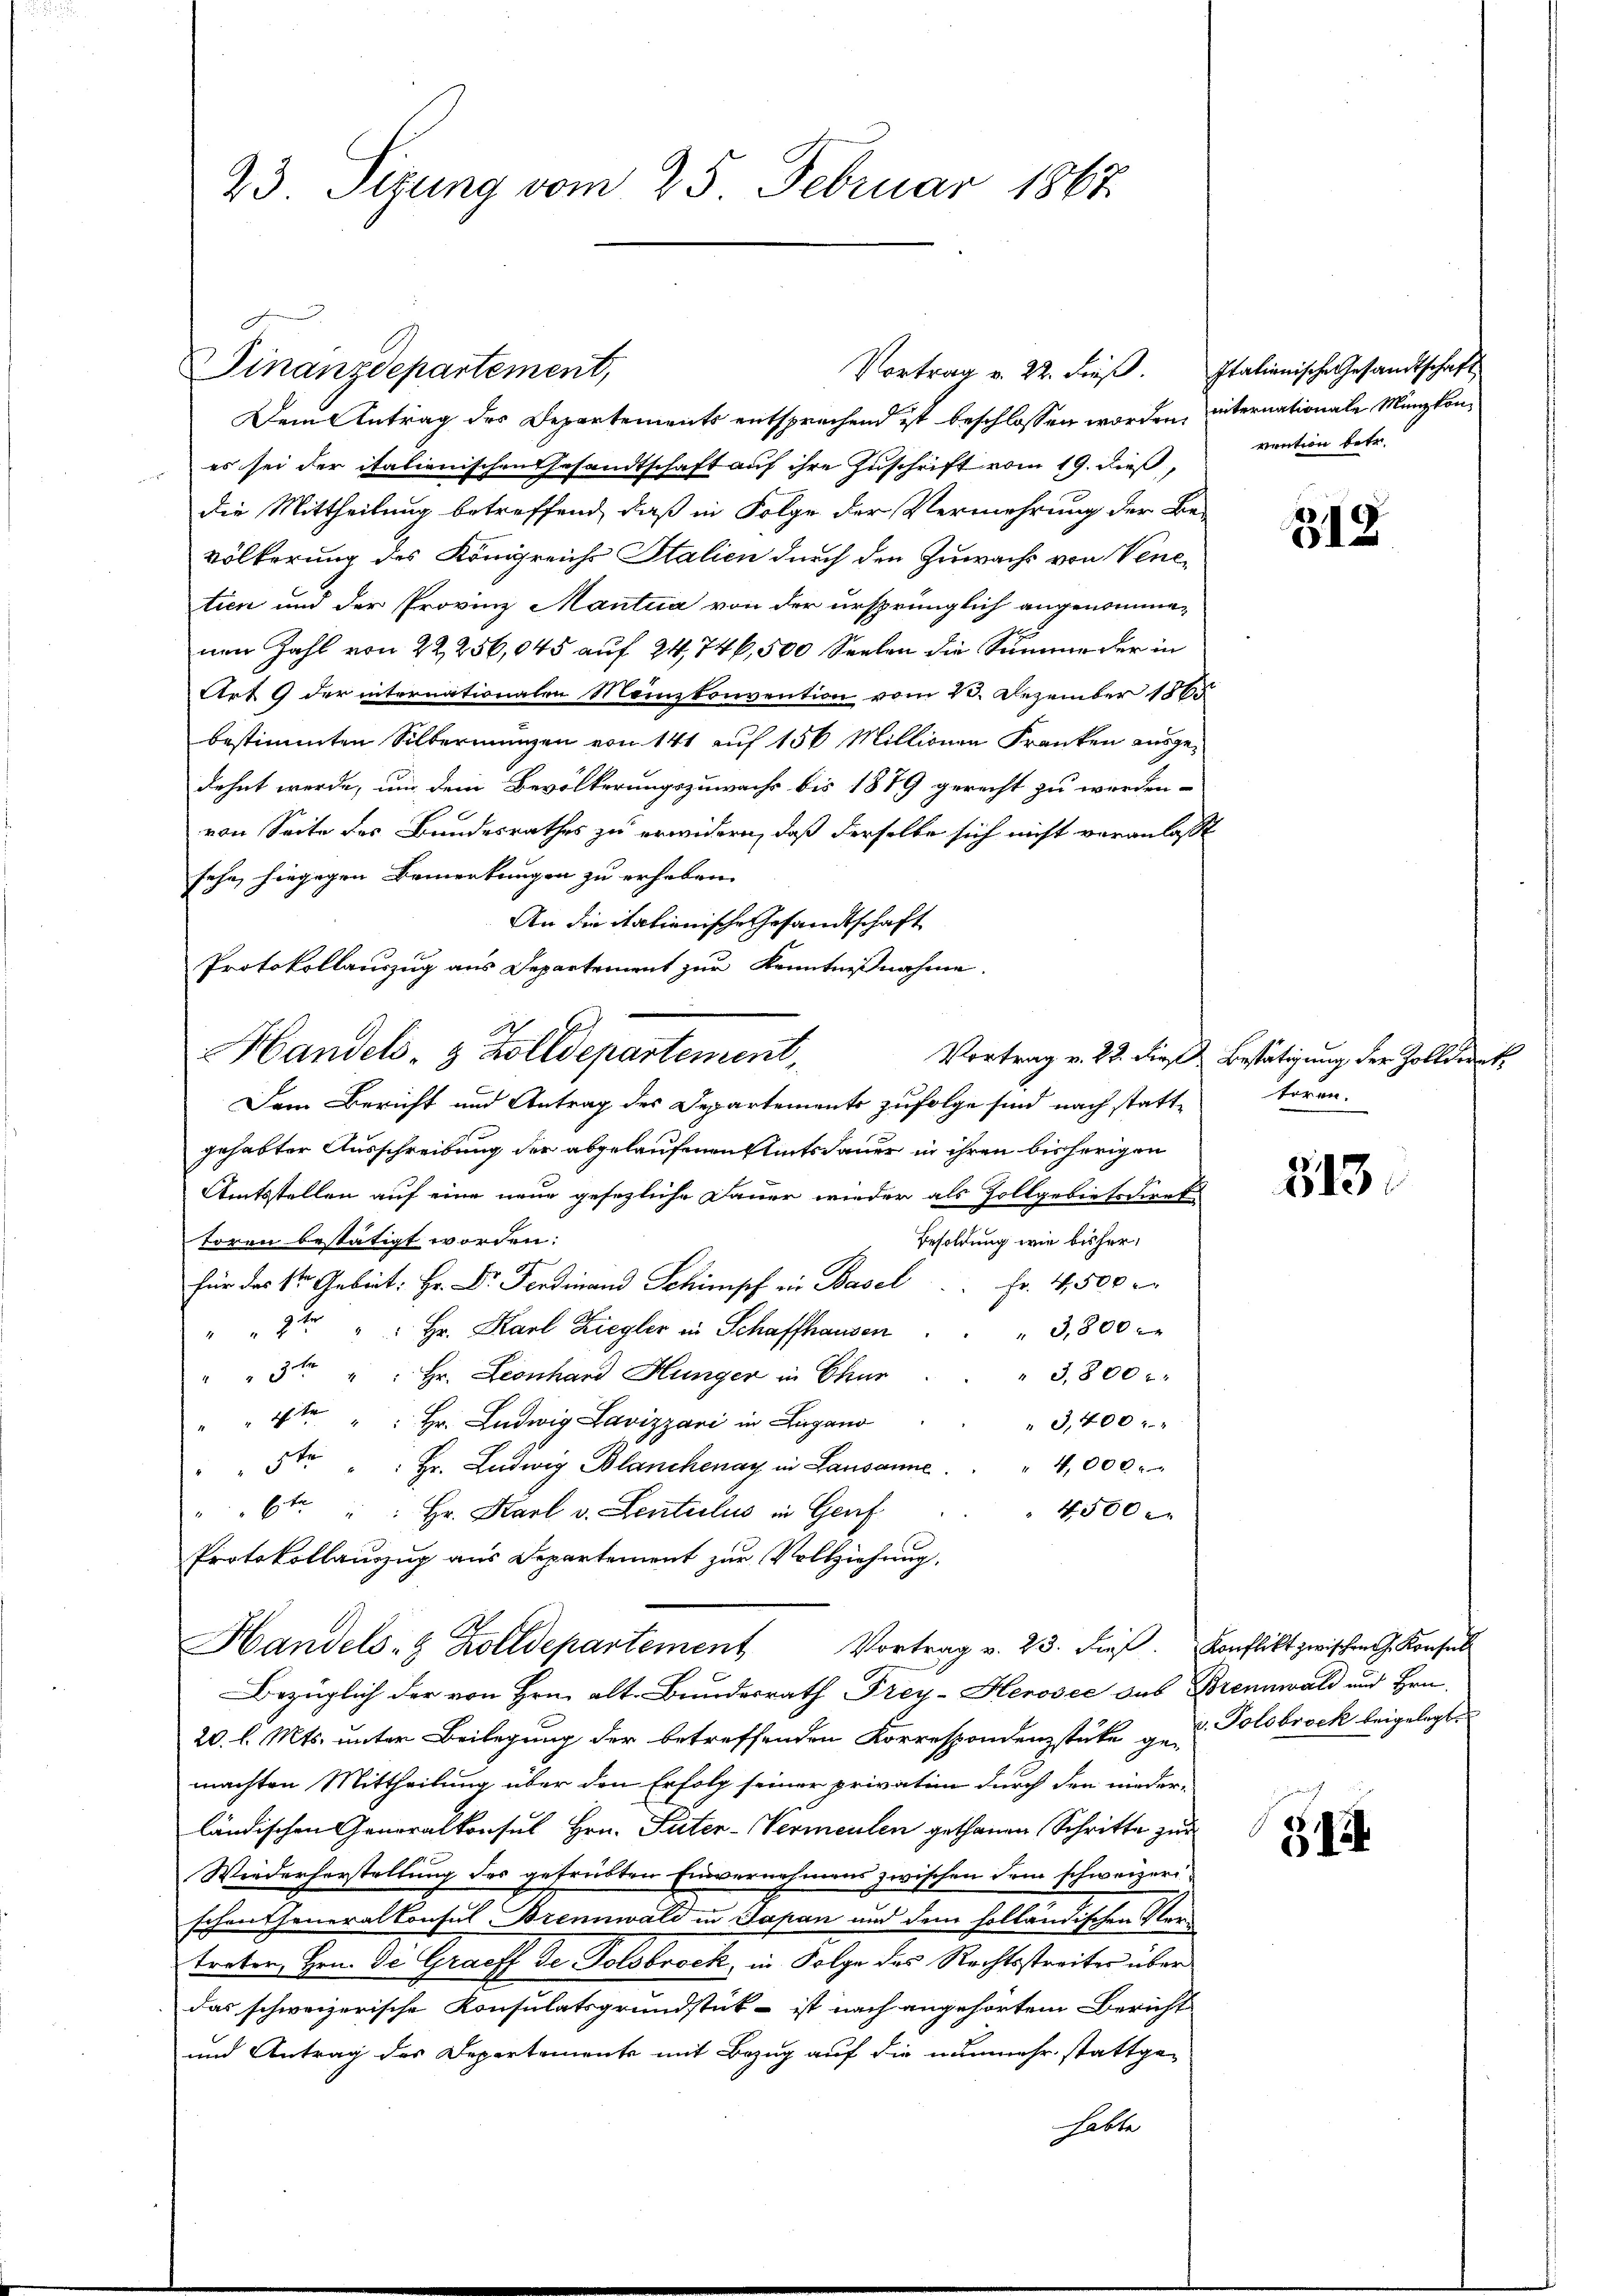
23 Sizung vom 25. Februar 1867

Vortrag v. 22. dieβ. Italienische Gesandtschaft
Dem Antrag des Departements entsprechend ist beschlossen worden, internationale Münzkones sei der italienischen Gesandtschaft auf ihre Zuschrift vom 19. dieß,
die Mittheilung betreffend, daß in Folge der Vermehrung der Be-
Völkerung des Königreichs Stalien durch den Zuwachs von Venetien und der Provinz Mantua von der ursprünglich angenommenen Zahl von 22, 256,045 auf 24, 74, 500 Seelen die Summe der in
Art 9 der internationalen Menzkonvention vom 10. Dezember 186
bestimmten Silbernungen von 141 auf 150 Millionen Franken ausgedehnt werde, um dein Bevölkerungszuwachs bis 1879 gerecht zu werden.
von Seite des Bundesrathes zu erwidern, daß derselbe sich nicht veranlaßt
sehe, hingegen Bemerkungen zu erheben.
An die itationische Gesandtschaft
Protokollauszug aus Departement zur Kenntnißnahme.
Dem Bericht und Antrag des Departements zufolge sind nach stattgehabter Ausschreibung der abgelaufenen Amtsdauer in ihren bisherigen
Amtsstellen auf eine neue gesezliche Dauer wieder als Zollgebietsdirek
Besoldung wie bisher,
toren bestätigt worden:
für das Stern Gebet: Hr. Dr. Ferdinand Schimpf in Basel          Fr. 4,500
2te " " Hr. Karl Ziegler in Schaffhausen
3,800
" 3,800
3ten " " Hr. Leonhard Hunger in Chur
4te " " Hr. Ludwig Lavizzavi in Lugano
3,400 x
5te Hr. Ludwig Blanchenay in Lausanne. " " 4,000
6te " " Hr. Karl v. Senteili in Genf
4500
Protokollauszug aus Separtement zur Vollziehung.
Handels- & Zolldepartement Vortrag v. 23. dieβ. Konflikt zwischen J. Konsul
Bezüglich der von Hrn. alt. Bundesrath Frey- Herosec das Brennwald und Hrn.
20. l. Mts. unter Beilegung der betreffenden Korrespondenzstüke a. u. Polobrock beigelegt.
machten Mittheilung über den Erfolg seiner privation durch den nieder-
ländischen Generalkonsul Hrn. Pater-Vermeuten gethanen Schritte zur
Wiederherstellung des gefrübten Einvernehmens zwischen dem schweizerischon Generalkonsul Brennwald in Japan und dem holländischen Sentreten, Hrn. De Graeff de Tolsbrock, in Folge des Rechtsstreiter über
das schweizerische Konsulatsgrundstück - ist nach angehörten Bericht
und Antrag des Departemente mit Bezug auf die nunmehr stattgehabte

Finanzdepartement,

Handels- & Zolldepartement,

vention betr.

319

Vortrag v. 22. dieß Bestätigung der Zolldrank
tören.

313.

312